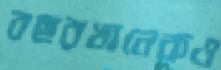
বছরখানেকও